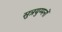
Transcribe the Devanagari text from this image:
सुत्रयुग्मनों